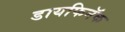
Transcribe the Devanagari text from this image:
डायफिनॅक